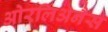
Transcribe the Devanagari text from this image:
ओरलिअनैस